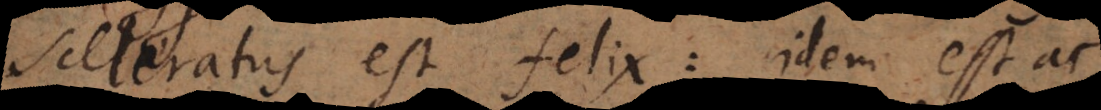
sceleratus est felix: idem est ac